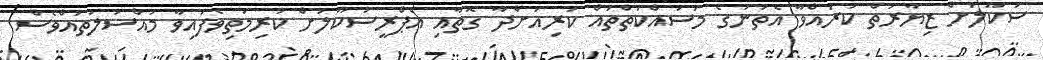
ސުކޫލަށް ޒިޔާރަތް ކުރައްވާ އެތަނުގެ މަސައްކަތްތައް ކުރިއަށްދާ ގޮތާއި އެޕްރީސުކޫލަށް ކުރިމަތިވެފައިވާ މައްސަލަތައްވެސް